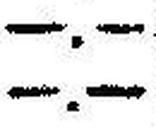
—.—